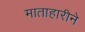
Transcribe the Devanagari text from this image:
माताहारीने